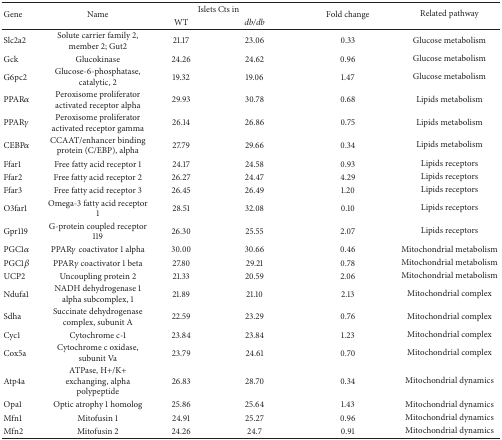
<table><thead><tr><td rowspan="2"><b>Gene</b></td><td rowspan="2"><b>Name</b></td><td colspan="2"><b>Islets Cts in </b></td><td rowspan="2"><b>Fold change</b></td><td rowspan="2"><b>Related pathway</b></td></tr><tr><td><b>WT</b></td><td><b><i>db/db</i></b></td></tr></thead><tbody><tr><td>Slc2a2</td><td>Solute carrier family 2, member 2; Gut2</td><td>21.17</td><td>23.06</td><td>0.33</td><td>Glucose metabolism</td></tr><tr><td>Gck</td><td>Glucokinase</td><td>24.26</td><td>24.62</td><td>0.96</td><td>Glucose metabolism</td></tr><tr><td>G6pc2</td><td>Glucose-6-phosphatase, catalytic, 2</td><td>19.32</td><td>19.06</td><td>1.47</td><td>Glucose metabolism</td></tr><tr><td>PPAR<i>α</i></td><td>Peroxisome proliferator activated receptor alpha</td><td>29.93</td><td>30.78</td><td>0.68</td><td>Lipids metabolism</td></tr><tr><td>PPAR<i>γ</i></td><td>Peroxisome proliferator activated receptor gamma</td><td>26.14</td><td>26.86</td><td>0.75</td><td>Lipids metabolism</td></tr><tr><td>CEBP<i>α</i></td><td>CCAAT/enhancer binding protein (C/EBP), alpha</td><td>27.79</td><td>29.66</td><td>0.34</td><td>Lipids metabolism</td></tr><tr><td>Ffar1</td><td>Free fatty acid receptor 1</td><td>24.17</td><td>24.58</td><td>0.93</td><td>Lipids receptors</td></tr><tr><td>Ffar2</td><td>Free fatty acid receptor 2</td><td>26.27</td><td>24.47</td><td>4.29</td><td>Lipids receptors</td></tr><tr><td>Ffar3</td><td>Free fatty acid receptor 3</td><td>26.45</td><td>26.49</td><td>1.20</td><td>Lipids receptors</td></tr><tr><td>O3far1</td><td>Omega-3 fatty acid receptor 1</td><td>28.51</td><td>32.08</td><td>0.10</td><td>Lipids receptors</td></tr><tr><td>Gpr119</td><td>G-protein coupled receptor 119</td><td>26.30</td><td>25.55</td><td>2.07</td><td>Lipids receptors</td></tr><tr><td>PGC1<i>α</i></td><td>PPAR<i>γ</i> coactivator 1 alpha</td><td>30.00</td><td>30.66</td><td>0.46</td><td>Mitochondrial metabolism</td></tr><tr><td>PGC1<i>β</i></td><td>PPAR<i>γ</i> coactivator 1 beta </td><td>27.80</td><td>29.21</td><td>0.78</td><td>Mitochondrial metabolism</td></tr><tr><td>UCP2</td><td>Uncoupling protein 2</td><td>21.33</td><td>20.59</td><td>2.06</td><td>Mitochondrial metabolism</td></tr><tr><td>Ndufa1</td><td>NADH dehydrogenase 1 alpha subcomplex, 1</td><td>21.89</td><td>21.10</td><td>2.13</td><td>Mitochondrial complex</td></tr><tr><td>Sdha</td><td>Succinate dehydrogenase complex, subunit A</td><td>22.59</td><td>23.29</td><td>0.76</td><td>Mitochondrial complex</td></tr><tr><td>Cyc1</td><td>Cytochrome c-1</td><td>23.84</td><td>23.84</td><td>1.23</td><td>Mitochondrial complex</td></tr><tr><td>Cox5a</td><td>Cytochrome c oxidase, subunit Va</td><td>23.79</td><td>24.61</td><td>0.70</td><td>Mitochondrial complex</td></tr><tr><td>Atp4a</td><td>ATPase, H+/K+ exchanging, alpha polypeptide</td><td>26.83</td><td>28.70</td><td>0.34</td><td>Mitochondrial dynamics</td></tr><tr><td>Opa1</td><td>Optic atrophy 1 homolog </td><td>25.86</td><td>25.64</td><td>1.43</td><td>Mitochondrial dynamics</td></tr><tr><td>Mfn1</td><td>Mitofusin 1</td><td>24.91</td><td>25.27</td><td>0.96</td><td>Mitochondrial dynamics</td></tr><tr><td>Mfn2</td><td>Mitofusin 2</td><td>24.26</td><td>24.7</td><td>0.91</td><td>Mitochondrial dynamics</td></tr></tbody></table>